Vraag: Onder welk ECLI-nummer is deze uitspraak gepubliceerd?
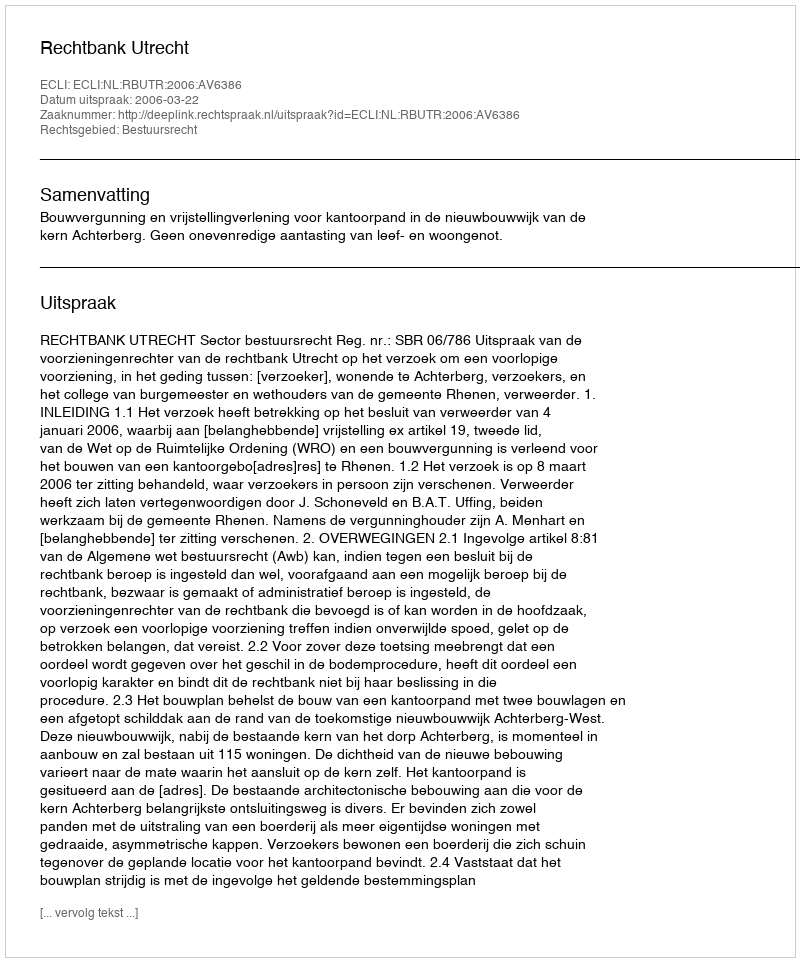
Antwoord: ECLI:NL:RBUTR:2006:AV6386